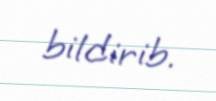
bildirib.